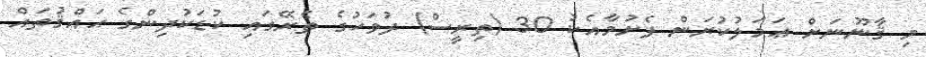
މި ޤާނޫނަށް ޢަމަލުކުރަން ފެށުމާއެކު 30 (ތިރީސް) ދުވަހުގެ ތެރޭގައި ކުޑަކުދިންގެ ޙައްޤުތައް